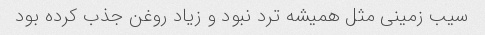
سیب زمینی مثل همیشه ترد نبود و زیاد روغن جذب کرده بود